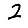
Digit: 2